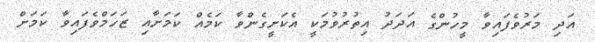
އަދި މަރުވެފައިވާ މީހުންގެ އަދަދު އިތުރުވުމަކީ އެކަށީގެންވާ ކަމެއް ކަމަށާއި ޒަހަމްވެފައިވާ ކަމަށް